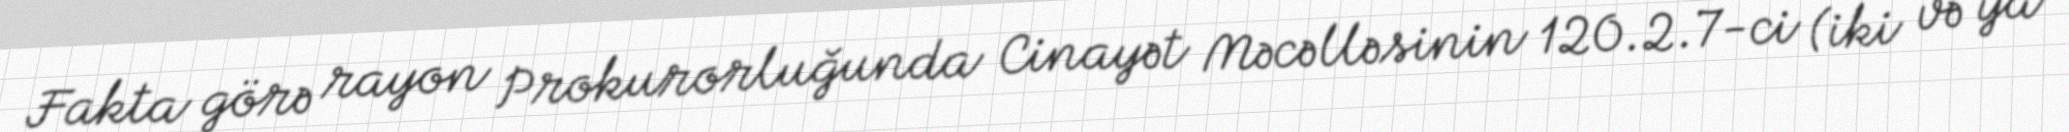
Fakta görə rayon Prokurorluğunda Cinayət Məcəlləsinin 120.2.7-ci (iki və ya